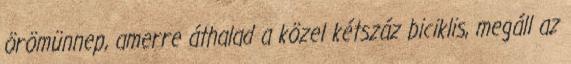
örömünnep, amerre áthalad a közel kétszáz biciklis, megáll az